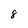
Character: 8